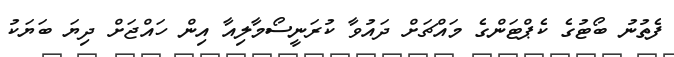
ފެތުނު ބޯޓުގެ ކެޕްްޓަންގެ މައްޗަށް ދައުވާ ކުރަނީސޯމާލިއާ އިން ހައްޖަށް ދިޔަ ބަޔަކު